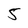
Character: 5